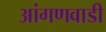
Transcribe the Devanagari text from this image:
आंगणवाडी